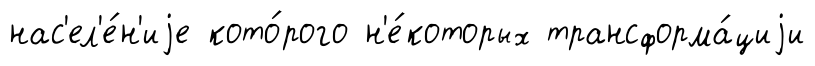
нас'ел'е́н'иjе кото́рого н'е́которых трансформа́циjи